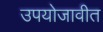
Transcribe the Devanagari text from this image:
उपयोजावीत